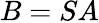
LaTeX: B=SA